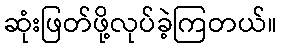
ဆုံးဖြတ်ဖို့လုပ်ခဲ့ကြတယ်။